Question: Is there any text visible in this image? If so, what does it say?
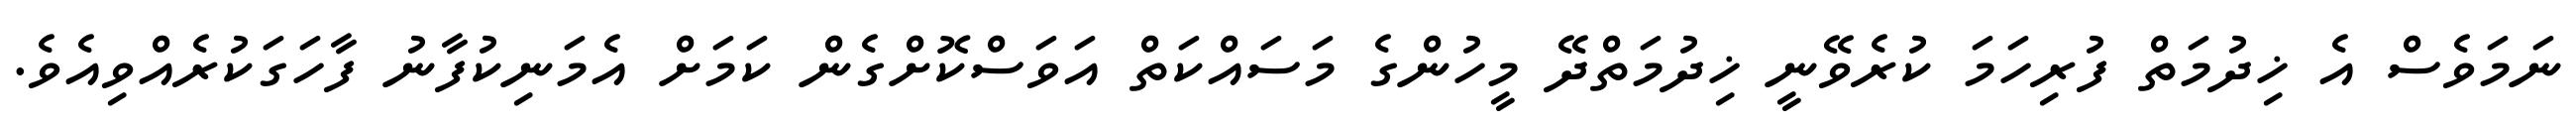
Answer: ނަމަވެސް އެ ޚިދުމަތް ފުރިހަމަ ކުރެވޭނީ ޚިދުމަތްދޭ މީހުންގެ މަސައްކަތް އަވަސްކޮށްގެން ކަމަށް އެމަނިކުފާނު ފާހަގަކުރެއްވިއެވެ.